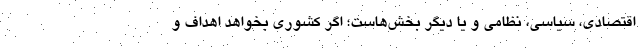
اقتصادی، سیاسی، نظامی و یا دیگر بخش‌هاست؛ اگر کشوری بخواهد اهداف و